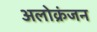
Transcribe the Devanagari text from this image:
अलोक्रंजन